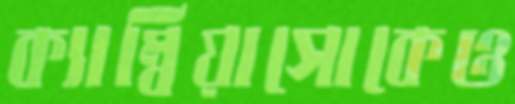
ক্যাম্বিয়াসোকেও